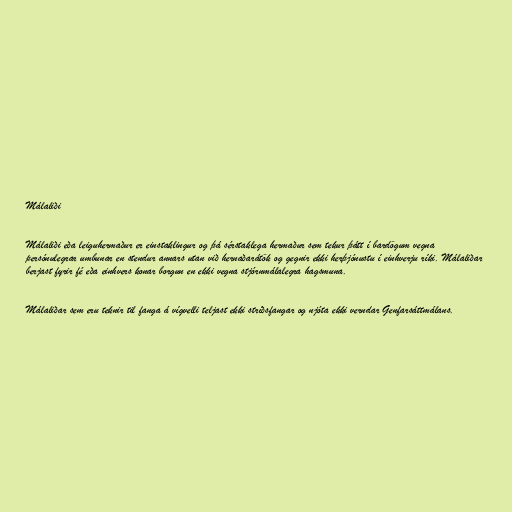
Málaliði

Málaliði eða leiguhermaður er einstaklingur og þá sérstaklega hermaður sem tekur þátt í bardögum vegna
persónulegrar umbunar en stendur annars utan við hernaðarátök og gegnir ekki herþjónustu í einhverju ríki. Málaliðar
berjast fyrir fé eða einhvers konar borgun en ekki vegna stjórnmálalegra hagsmuna.

Málaliðar sem eru teknir til fanga á vígvelli teljast ekki stríðsfangar og njóta ekki verndar Genfarsáttmálans.